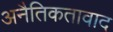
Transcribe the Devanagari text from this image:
अनैतिकतावाद